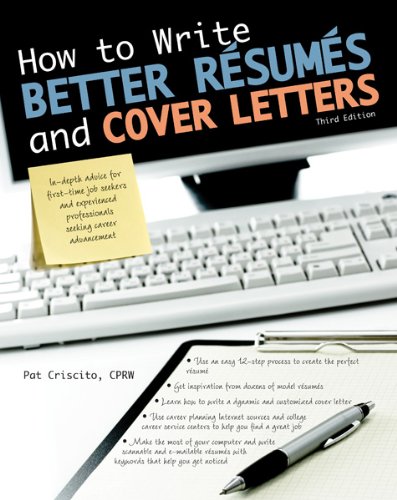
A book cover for How to Write Better RÃ©sumÃ©s and Cover Letters (How to Write Better Resumes and Cover Letters); Patricia K. Criscito; Business & Money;